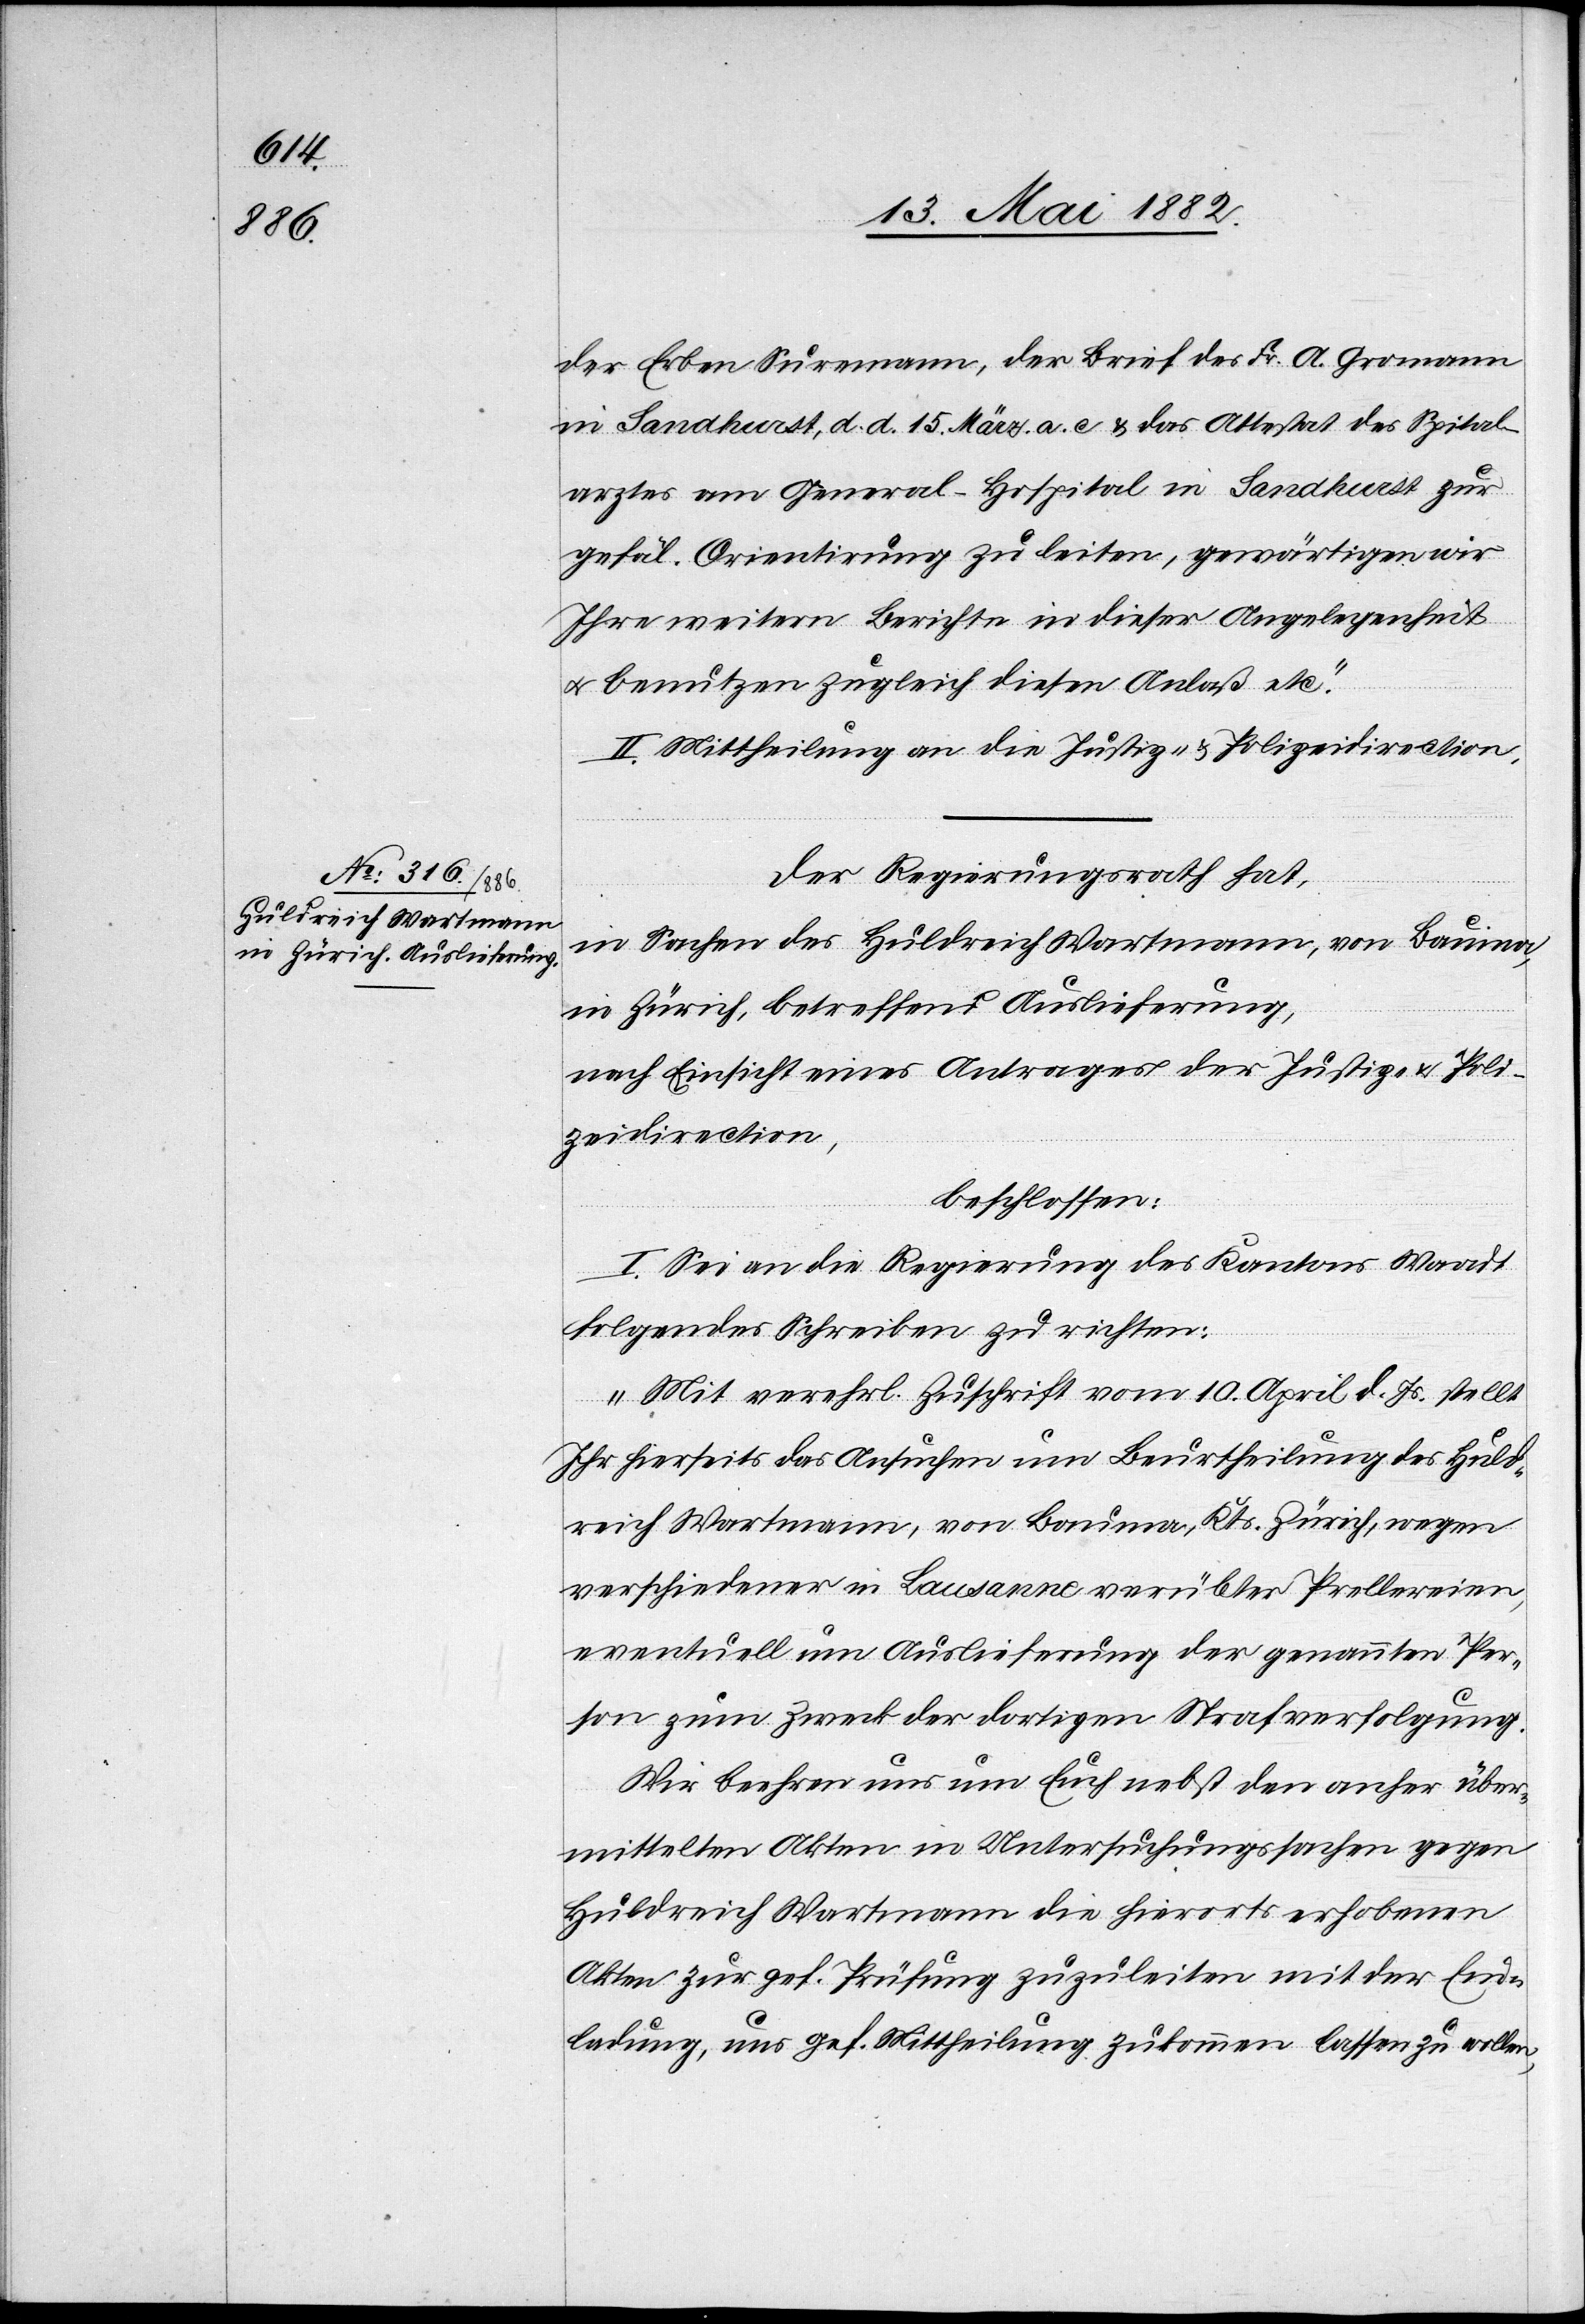
der Erben Suremann, der [recte: den] Brief des Fr. A. Gromann
in Landhurst, d. d. 15. März a. c. & das Attest des Spital¬
arztes am General-Hospital in Landhurst zur
gefäl. Orientirung zuleiten, gewärtigen wir
Ihre weitern Berichte in dieser Angelegenheit
u. benutzen zugleich diesen Anlaß etc.“
II. Mittheilung an die Justiz- & Polizeidirection.
Der Regierungsrath hat,
in Sachen des Huldreich Wartmann, von Bauma,
in Zürich, betreffend Auslieferung,
nach Einsicht eines Antrages der Justiz- & Poli¬
zeidirection,
beschlossen:
I. Sei an die Regierung des Kantons Waadt
folgendes Schreiben zu richten:
„Mit verehrl. Zuschrift vom 10. April d. Js. stellt
Ihr hierseits das Ansuchen um Beurtheilung des Huld¬
reich Wartmann, von Bauma, Kts. Zürich, wegen
verschiedener in Lausanne verübter Prellereien,
eventuell um Auslieferung der genannten Per¬
son zum Zweck der dortigen Strafverfolgung.
Wir beehren uns nun Euch nebst den anher über¬
mittelten Akten in Untersuchungssachen gegen
Huldreich Wartmann die hierorts erhobenen
Akten zur gef. Prüfung zuzuleiten mit der Ein¬
ladung, uns gef. Mittheilung zukommen lassen zu wollen,